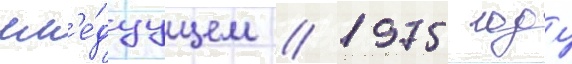
сл'е́дуущем / 1975 году